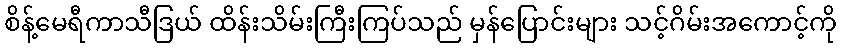
စိန့်မေရီကာသီဒြယ် ထိန်းသိမ်းကြီးကြပ်သည် မှန်ပြောင်းများ သင့်ဂိမ်းအကောင့်ကို